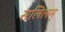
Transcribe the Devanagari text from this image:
सलिलम्